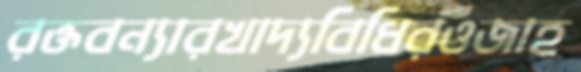
রক্তবন্যারখাদ্যবিধিরওজাহ